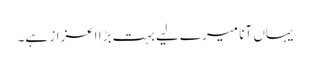
یہاں آنا میرے لیے بہت بڑا اعزاز ہے۔